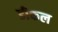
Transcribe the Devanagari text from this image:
डीकल